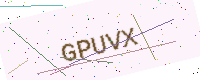
Text: GPUVX